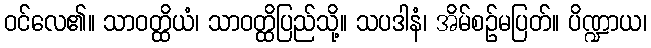
ဝင်လေ၏။ သာဝတ္ထိယံ၊ သာဝတ္ထိပြည်သို့။ သပဒါနံ၊ အိမ်စဉ်မပြတ်။ ပိဏ္ဍာယ၊